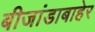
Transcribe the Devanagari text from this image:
बीजांडाबाहेर